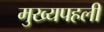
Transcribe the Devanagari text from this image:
मुख्यपहली